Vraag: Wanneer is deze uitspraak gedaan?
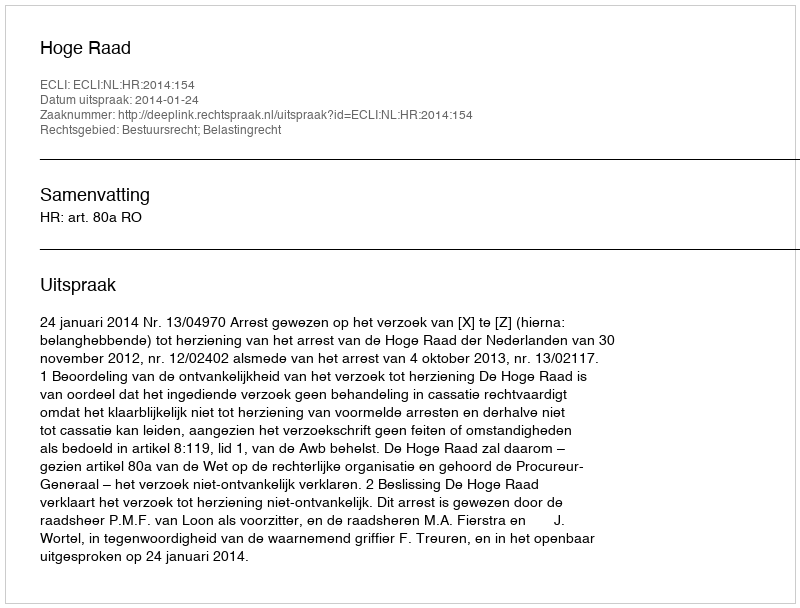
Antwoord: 2014-01-24